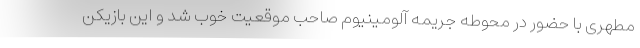
مطهری با حضور در محوطه جریمه آلومینیوم صاحب موقعیت خوب شد و این بازیکن